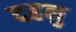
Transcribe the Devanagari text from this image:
दहनु